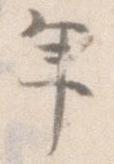
年